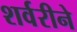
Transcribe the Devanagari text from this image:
शर्वरीने